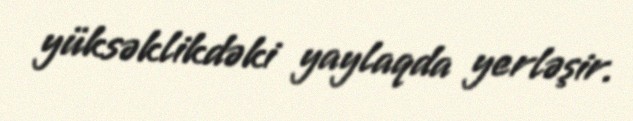
yüksəklikdəki yaylaqda yerləşir.